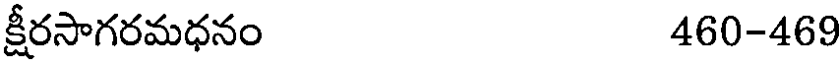
క్షీరసాగరమధనం 460-469